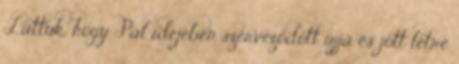
Láttuk, hogy Pál idejében szerveződött újjá és jött létre